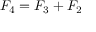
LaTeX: F _ { 4 } = F _ { 3 } + F _ { 2 }